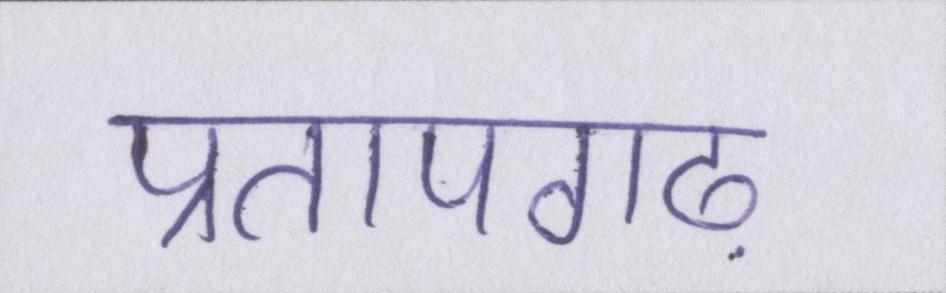
प्रतापगढ़